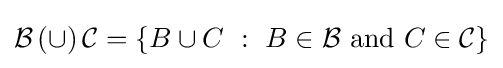
{\mathcal {B}}\,(\cup )\,{\mathcal {C}}=\{B\cup C~:~B\in {\mathcal {B}}{\text{ and }}C\in {\mathcal {C}}\}